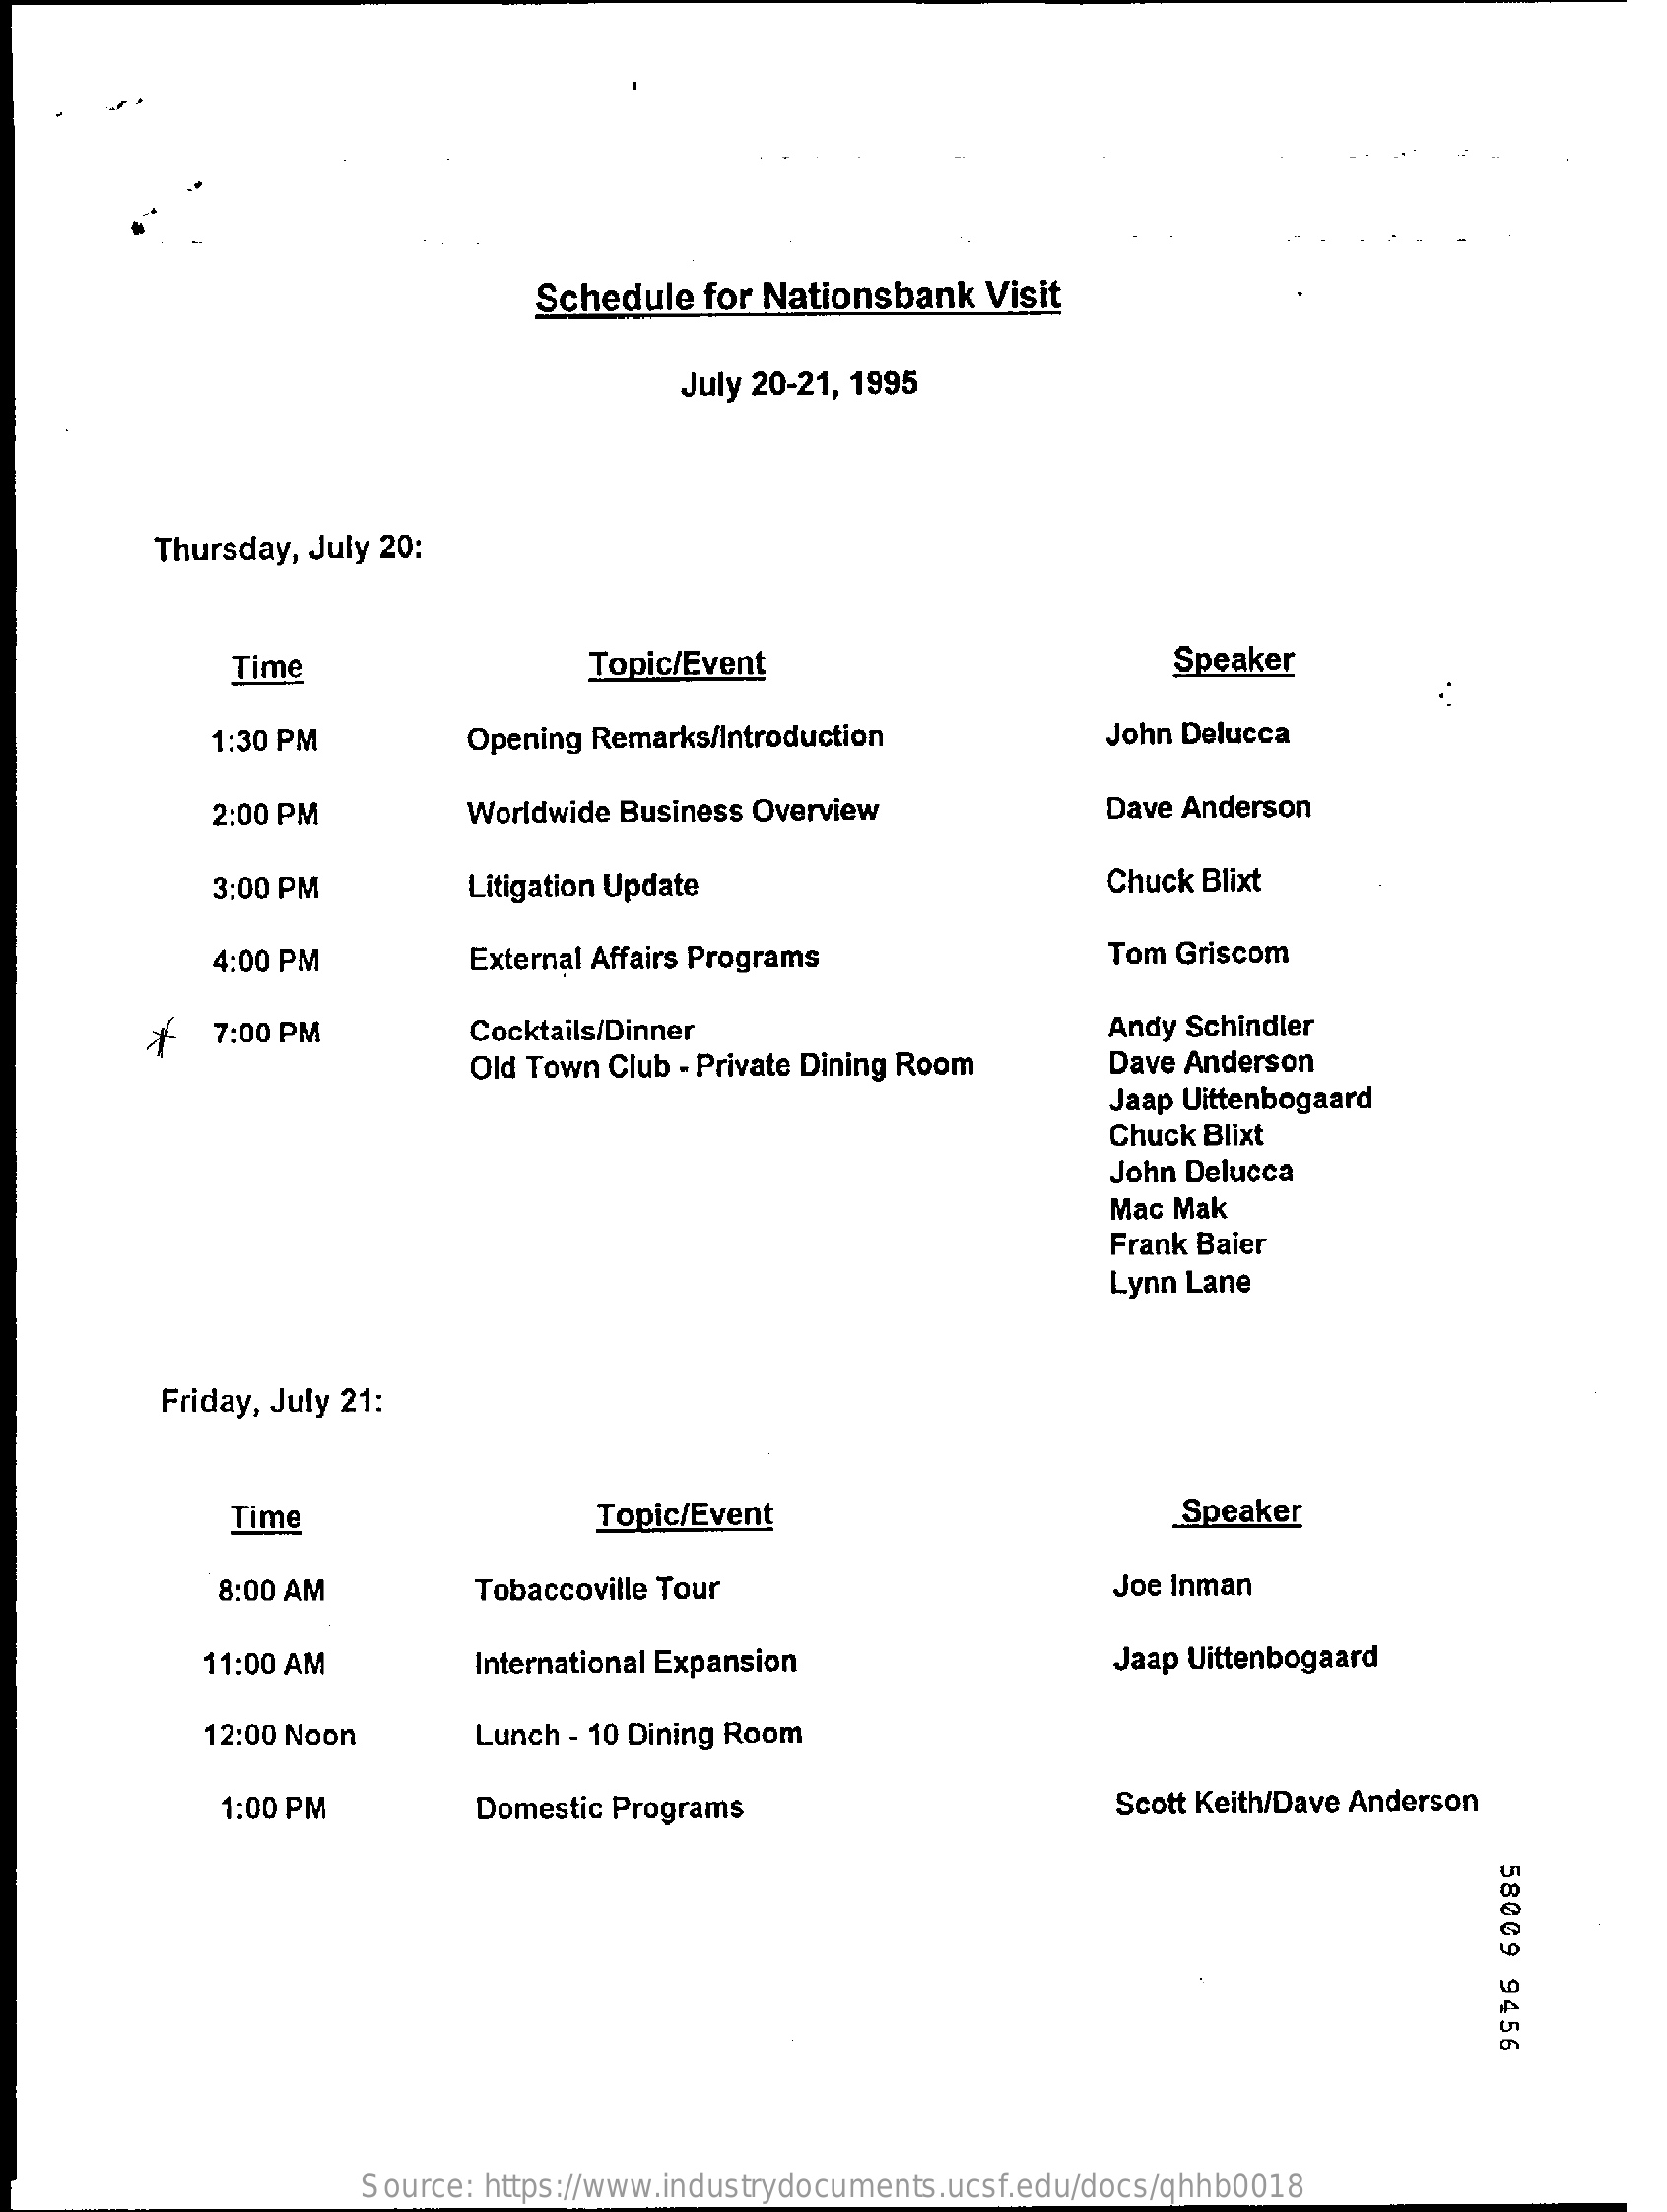
Schedule  for Nationsbank   Visit
     July 20-21, 1995
     Thursday, July 20:
     Time    Topic/Event    Speaker
     1:30 PM    Opening Remarks/Introduction    John Delucca
     2:00 PM    Worldwide Business Overview    Dave Anderson
     3:00 PM    Litigation Update    Chuck Blixt
     4:00 PM    External Affairs Programs    Tom Griscom
     7:00 PM    Cocktails/Dinner    Andy Schindler
     Old Town Club - Private Dining Room    Dave Anderson
     Jaap Uittenbogaard
     Chuck Blixt
     John Delucca
     Mac Mak
     Frank Baier
     Lynn Lane
     Friday, July 21:
     Time    Topic/Event    Speaker
     8:00 AM    Tobaccoville Tour    Joe Inman
     11:00 AM    International Expansion    Jaap Uittenbogaard
     12:00 Noon    Lunch - 10 Dining Room
     1:00 PM    Domestic Programs    Scott Keith/Dave Anderson
     58009
     9456
     Source: https://www.industrydocuments.ucsf.edu/docs/qhhb0018